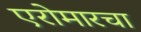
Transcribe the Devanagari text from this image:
एरोमारचा